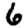
Digit: 6